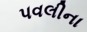
પવલીના